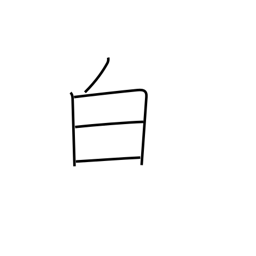
Meaning: white